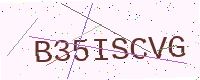
Text: B35ISCVG